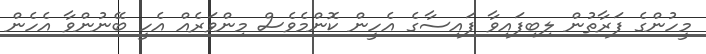
މީހުންގެ ފަރާތުން ލިބިފައިވާ ފައިސާގެ އެހީން ކޮންމެވެސް މިންވަރެއް އެހީ ބޭނުންވާ އެހެން